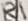
Text: R1